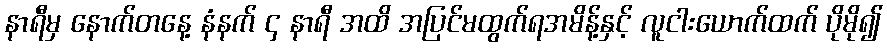
နာရီမှ နောက်တနေ့ နံနက် ၄ နာရီ အထိ အပြင်မထွက်ရအမိန့်နှင့် လူငါးယောက်ထက် ပိုမို၍